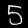
Label: 5